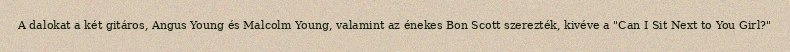
A dalokat a két gitáros, Angus Young és Malcolm Young, valamint az énekes Bon Scott szerezték, kivéve a "Can I Sit Next to You Girl?"